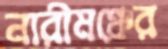
নারীমঞ্চের